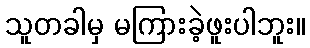
သူတခါမှ မကြားခဲ့ဖူးပါဘူး။